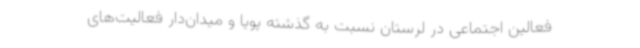
فعالین اجتماعی در لرستان نسبت به گذشته پویا و میدان‌دار فعالیت‌های